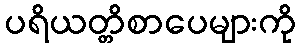
ပရိယတ္တိစာပေများကို